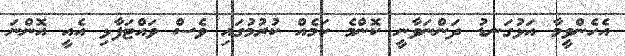
އެހެންވީމާ އަޅުގަނޑު ދަންނަވާނީ ކޮންމެ ކަމެއް ކުރުމުގައި ވެސް ވައްޓަފާޅި އެއީ އޮންނަ